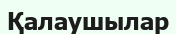
Қалаушылар